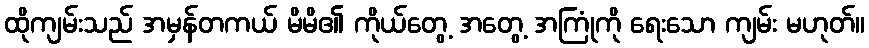
ထိုကျမ်းသည် အမှန်တကယ် မိမိ၏ ကိုယ်တွေ့ အတွေ့ အကြုံကို ရေးသော ကျမ်း မဟုတ်။